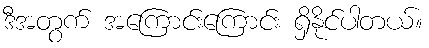
ဒီအတွက် အကြောင်းကြောင်း ရှိနိုင်ပါတယ်။